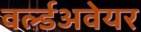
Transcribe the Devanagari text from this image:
वर्ल्डअवेयर